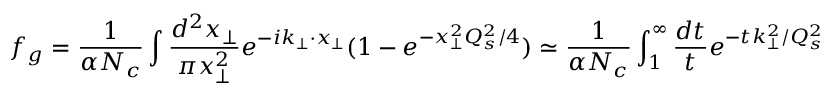
f _ { g } = { \frac { 1 } { \alpha N _ { c } } } \int { \frac { d ^ { 2 } x _ { \perp } } { \pi x _ { \perp } ^ { 2 } } } e ^ { - i k _ { \perp } \cdot x _ { \perp } } ( 1 - e ^ { - x _ { \perp } ^ { 2 } Q _ { s } ^ { 2 } / 4 } ) \simeq { \frac { 1 } { \alpha N _ { c } } } \int _ { 1 } ^ { \infty } { \frac { d t } { t } } e ^ { - t k _ { \perp } ^ { 2 } / Q _ { s } ^ { 2 } }